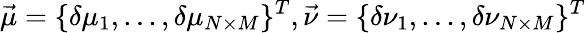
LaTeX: \vec{\mu}=\lbrace\delta\mu_{1},...,\delta\mu_{N\times M}\rbrace^{T},\vec{\nu}=\lbrace\delta\nu_{1},...,\delta\nu_{N\times M}\rbrace^{T}